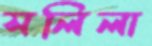
সলিলা